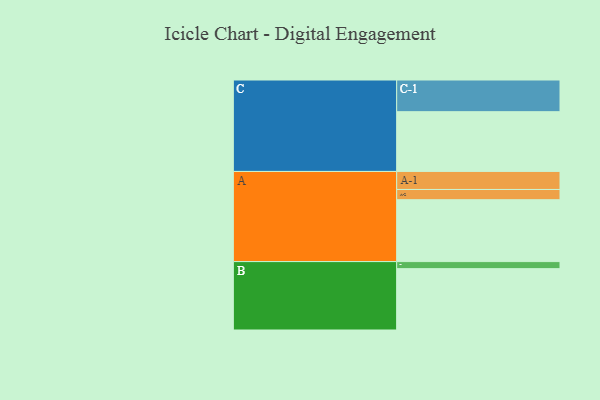
{"axis": {"x": "Segment", "y": "Value"}, "legend": ["", "A", "B", "C"], "data": [{"x": "A", "y": 580, "type": ""}, {"x": "B", "y": 575, "type": ""}, {"x": "C", "y": 560, "type": ""}, {"x": "A-1", "y": 169, "type": "A"}, {"x": "A-2", "y": 96, "type": "A"}, {"x": "B-1", "y": 66, "type": "B"}, {"x": "C-1", "y": 297, "type": "C"}]}